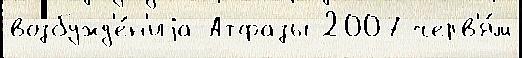
возбужд'е́н'иjа Атфазы 2007 черв'я́м